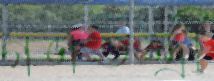
গণতন্ত্রী